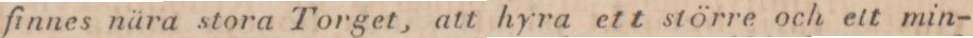
finnes nära stora Torget, att hyra ett större och ett min-